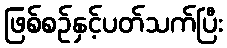
ဖြစ်စဉ်နှင့်ပတ်သက်ပြီး